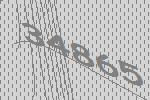
34865